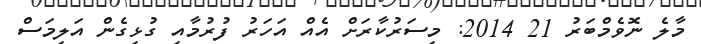
މާލެ ނޮވެމްބަރު 21 2014: މިސަރުކާރަށް އެއް އަހަރު ފުރުމާއި ގުޅިގެން އަލިމަސް